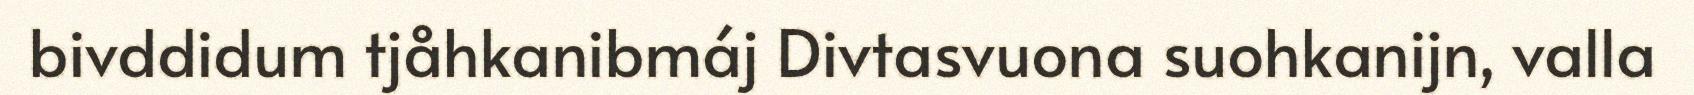
bivddidum tjåhkanibmáj Divtasvuona suohkanijn, valla